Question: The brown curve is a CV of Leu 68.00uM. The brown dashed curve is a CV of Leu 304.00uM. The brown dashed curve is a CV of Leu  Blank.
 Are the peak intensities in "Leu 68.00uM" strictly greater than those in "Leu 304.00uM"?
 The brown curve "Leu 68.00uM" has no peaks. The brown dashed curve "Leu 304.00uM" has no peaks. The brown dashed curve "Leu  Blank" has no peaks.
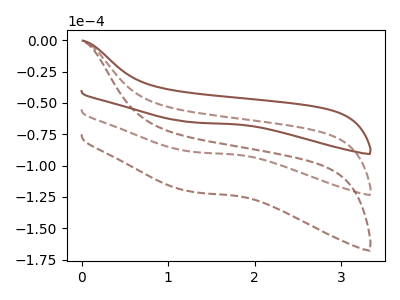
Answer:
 <answer>Niether CV has any peaks.</answer>
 <eval>blanks</eval>